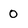
Character: 0